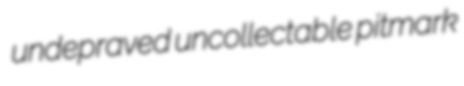
undepraved uncollectable pitmark